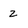
Character: z